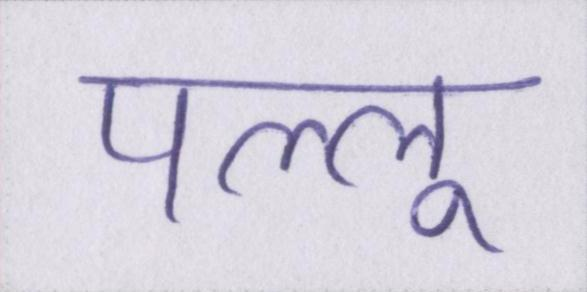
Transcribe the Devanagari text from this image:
पल्लू